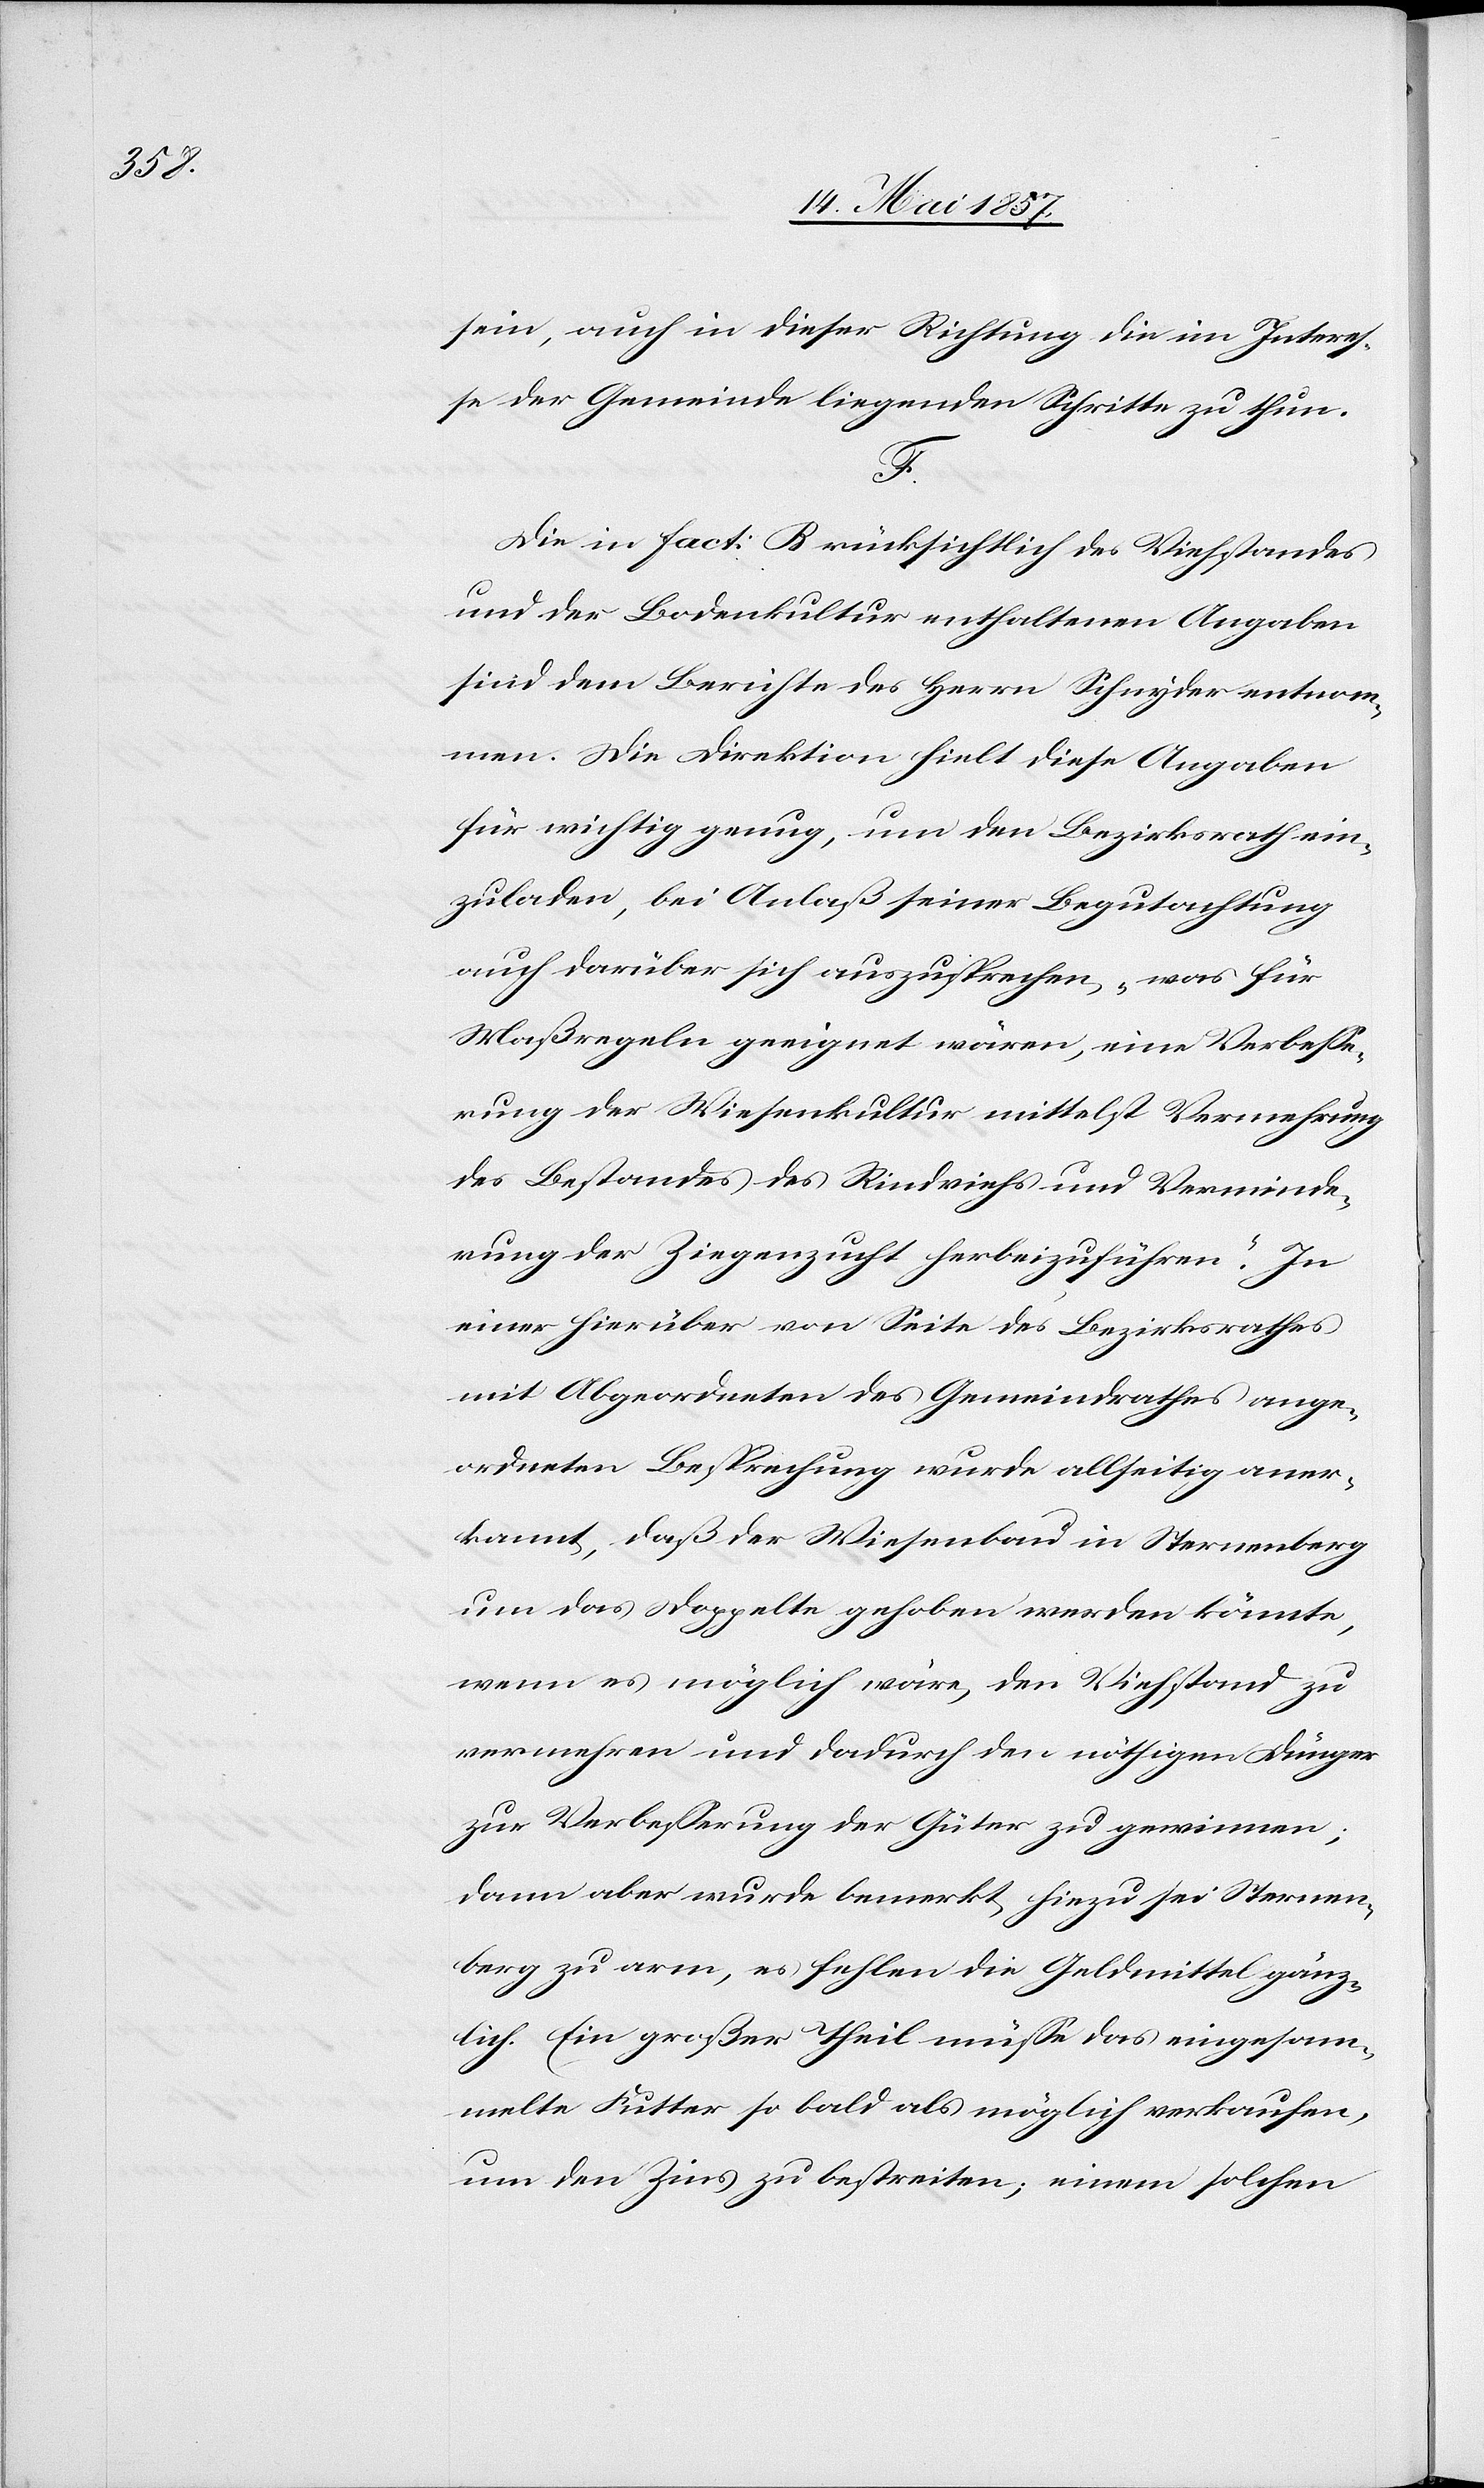
sein, auch in dieser Richtung die im Interes¬
se der Gemeinde liegenden Schritte zu thun.
F.
Die in Fact: B rücksichtlich des Viehstandes
und der Bodenkultur enthaltenen Angaben
sind dem Berichte des Herrn Schnyder entnom¬
men. Die Direktion hielt diese Angaben
für wichtig genug, um den Bezirksrath ein¬
zuladen, bei Anlaß seiner Begutachtung
auch darüber sich auszusprechen, „was für
Maßregeln geeignet wären, eine Verbesse¬
rung der Wiesenkultur mittelst Vermehrung
des Bestandes des Rindviehs und Verminde¬
rung der Ziegenzucht herbeizuführen“. In
einer hierüber von Seite des Bezirksrathes
mit Abgeordneten des Gemeindrathes ange¬
ordneten Besprechung wurde allseitig aner¬
kannt, daß der Wiesenbau in Sternenberg
um das Doppelte gehoben werden könnte,
wenn es möglich wäre, den Viehstand zu
vermehren und dadurch den nöthigen Dünger
zur Verbesserung der Güter zu gewinnen;
dann aber wurde bemerkt hiezu sei Sternen¬
berg zu arm, es fehlen die Geldmittel gänz¬
lich. Ein großer Theil müsse das eingesam¬
melte Futter so bald als möglich verkaufen,
um den Zins zu bestreiten; einem solchen